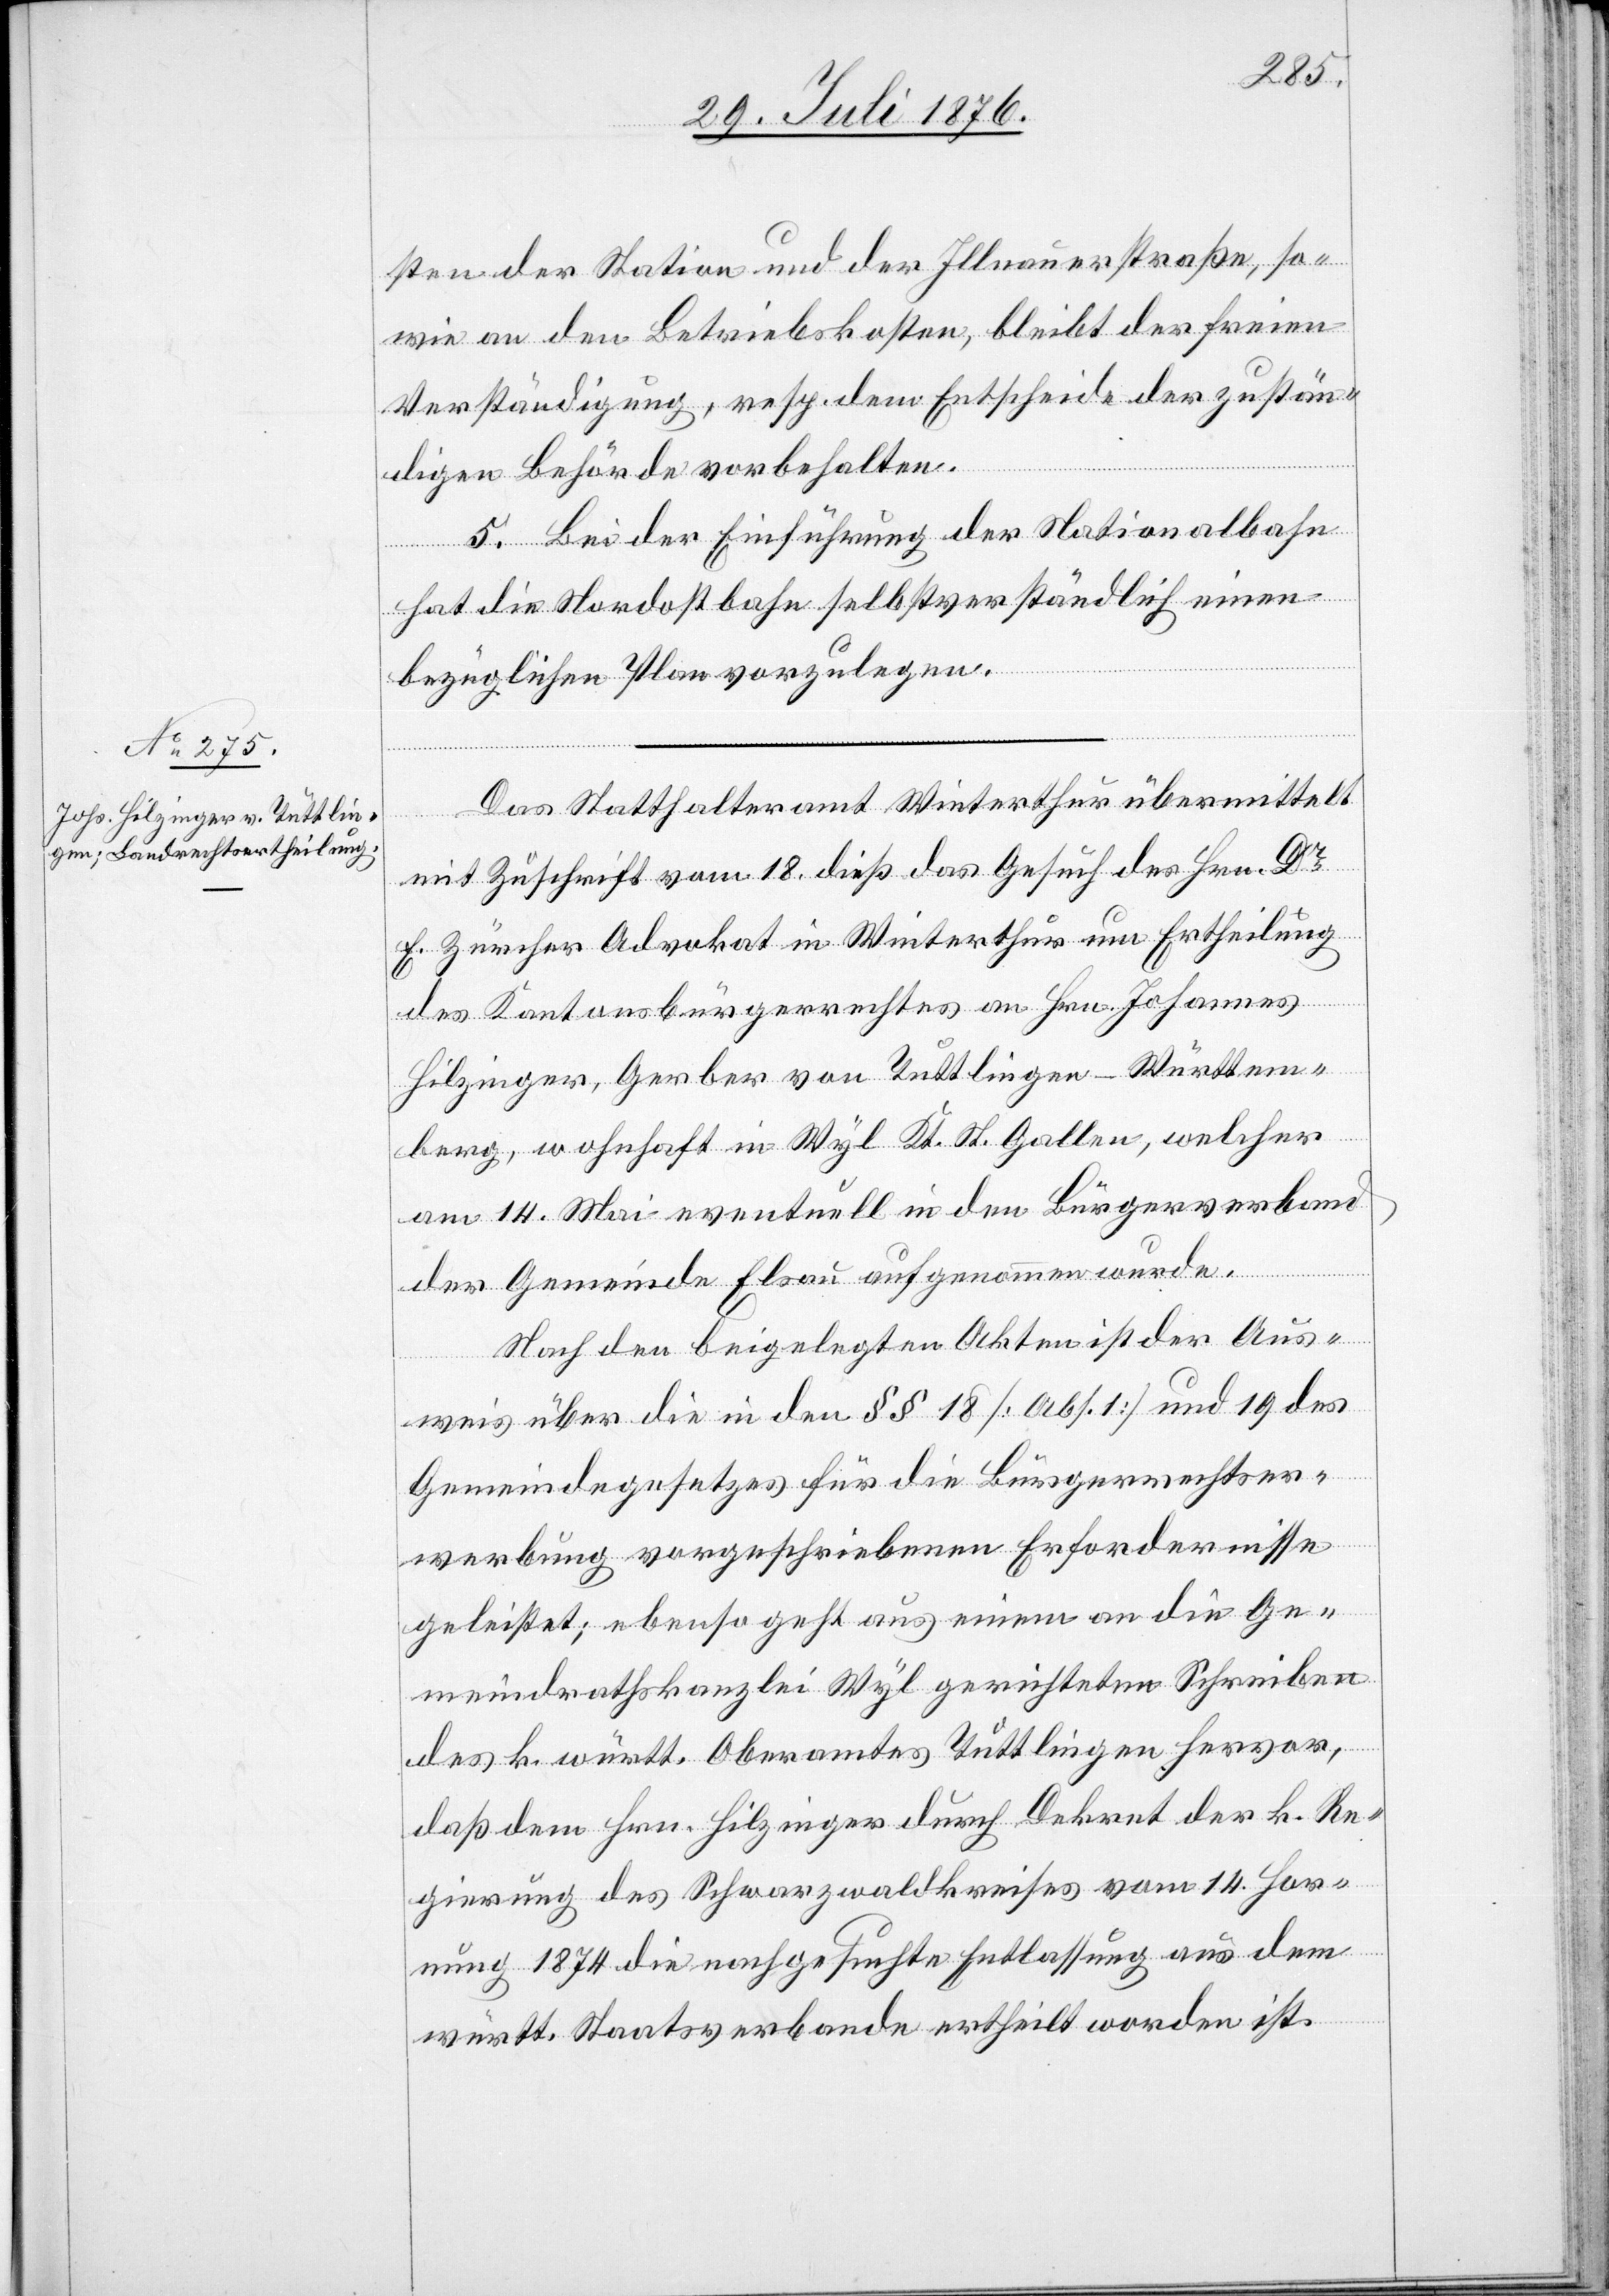
sten der Station und der Illnauerstraße, so¬
wie an den Betriebskosten, bleibt der freien
Verständigung, resp. dem Entscheide der zustän¬
digen Behörde vorbehalten.
5. Bei der Einführung der Nationalbahn
hat die Nordostbahn selbstverständlich einen
bezüglichen Plan vorzulegen.
Das Statthalteramt Winterthur übermittelt
mit Zuschrift vom 18. dieß das Gesuch des Hrn. Dr
E. Zürcher Advokat in Winterthur um Ertheilung
des Kantonsbürgerrechtes an Hrn. Johannes
Hilzinger, Gerber von Tuttlingen - Württem¬
berg, wohnhaft in Wyl Kt. St. Gallen, welcher
am 14. Mai eventuell in den Bürgerverband
der Gemeinde Elsau aufgenommen wurde.
Nach den beigelegten Akten ist der Aus¬
weis über die in den §§ 18 [Abs. 1] und 19 des
Gemeindegesetzes für die Bürgerrechtser¬
werbung vorgeschriebenen Erfordernisse
geleistet; ebenso geht aus einem an die Ge¬
meindrathskanzlei Wyl gerichteten Schreiben
des k. württ. Oberamtes Tuttlingen hervor,
daß dem Hrn. Hilzinger durch Dekret der k. Re¬
gierung des Schwarzwaldkreises vom 14. Hor¬
nung 1874 die nachgesuchte Entlassung aus dem
württ. Staatsverbande ertheilt worden ist.